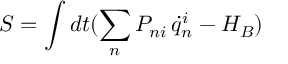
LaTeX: S = \int d t ( \sum _ { n } P _ { n i } \, \dot { q } _ { n } ^ { i } - H _ { B } )